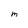
Character: m